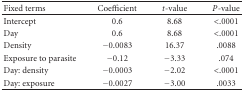
<table><thead><tr><td><b>Fixed terms</b></td><td><b>Coefficient</b></td><td><b><i>t</i>-value</b></td><td><b><i>P</i><i>-</i>value</b></td></tr></thead><tbody><tr><td>Intercept</td><td>0.6</td><td>8.68</td><td>&lt;.0001</td></tr><tr><td>Day</td><td>0.6</td><td>8.68</td><td>&lt;.0001</td></tr><tr><td>Density</td><td>−0.0083</td><td>16.37</td><td>.0088</td></tr><tr><td>Exposure to parasite</td><td>−0.12</td><td>−3.33</td><td>.074</td></tr><tr><td>Day: density</td><td>−0.0003</td><td>−2.02</td><td>&lt;.0001</td></tr><tr><td>Day: exposure</td><td>−0.0027</td><td>−3.00</td><td>.0033</td></tr></tbody></table>